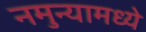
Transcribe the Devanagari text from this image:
नमुन्यामध्ये